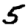
Digit: 5